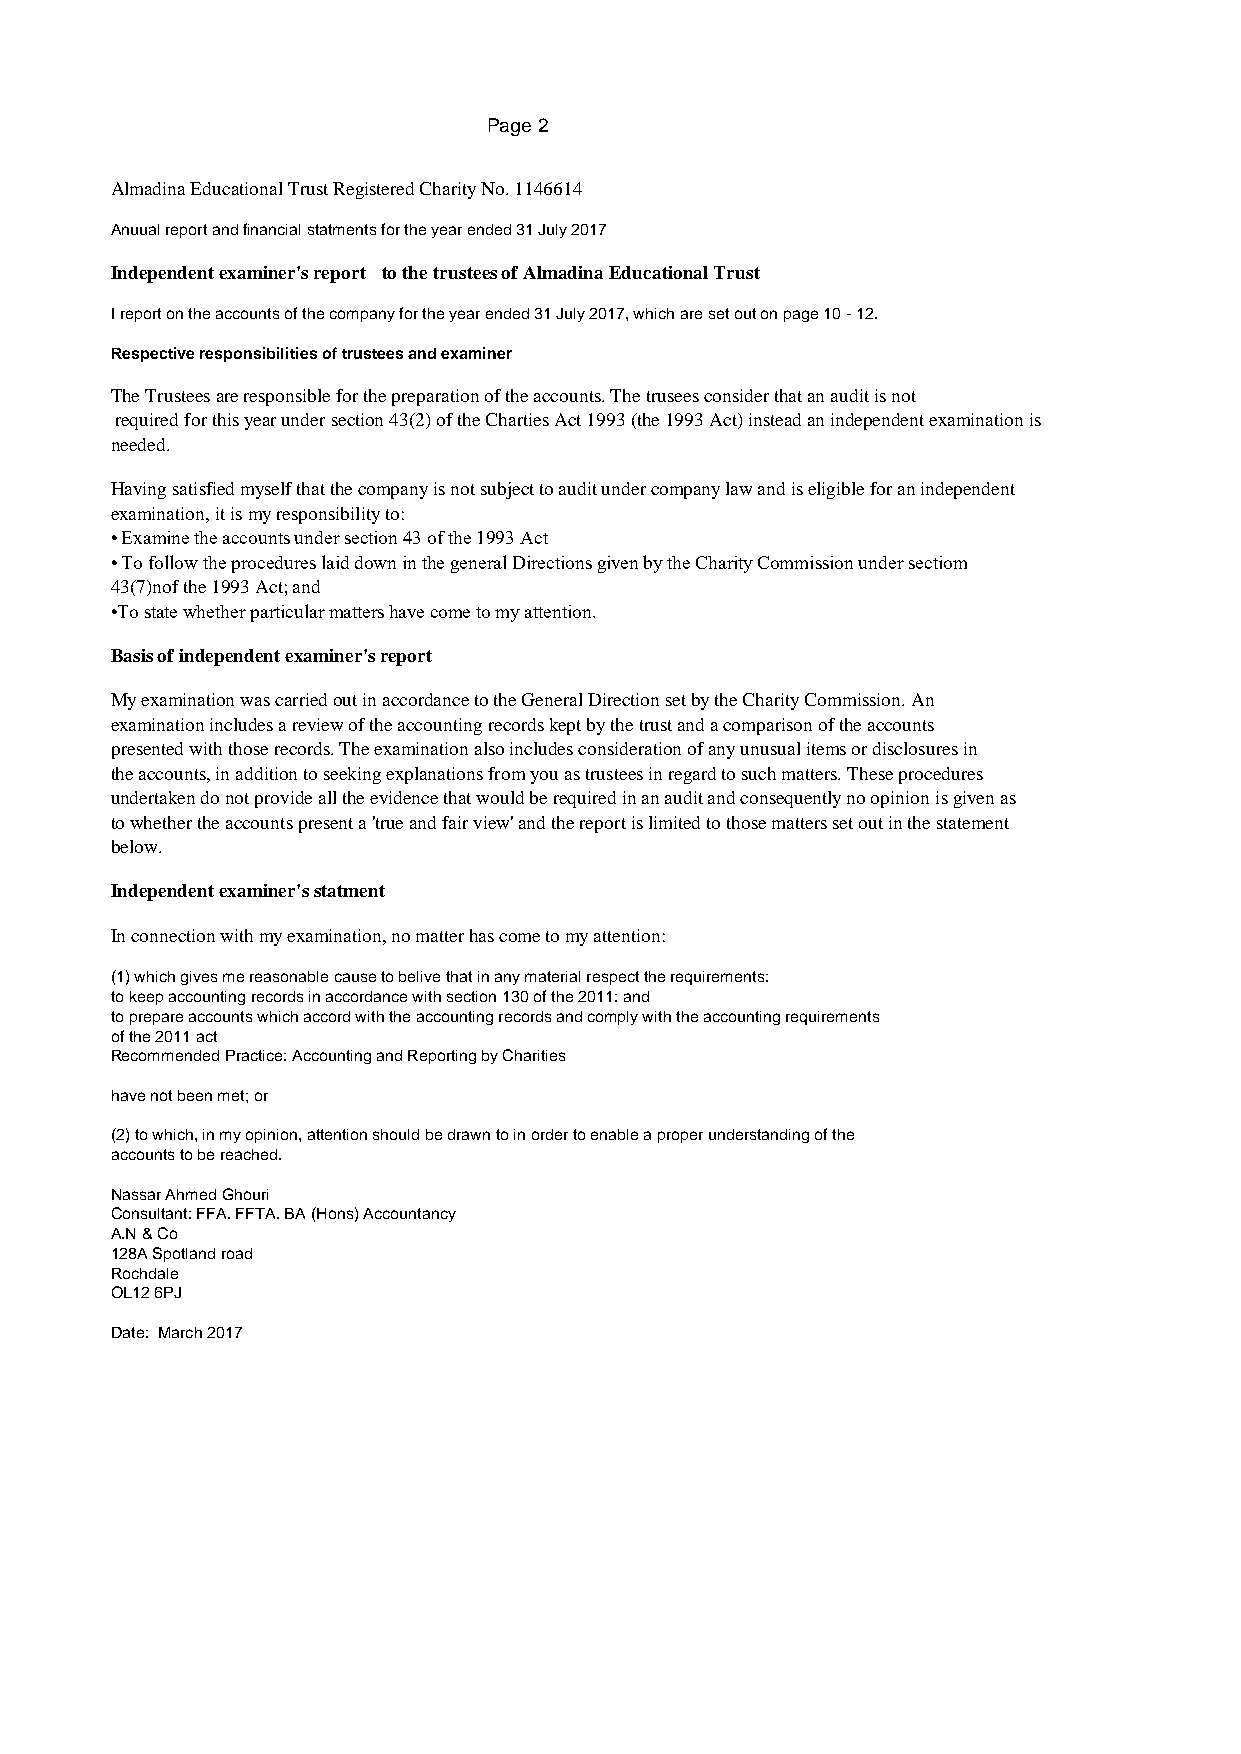
Page 2
 Almadina Educational Trust Registered Charity No. 1146614
 Anuual report and financial statments for the year ended 31 July 2017
 Independent examiner's report to the trustees of Almadina Educational Trust
 I report on the accounts of the company for the year ended 31 July 2017, which are set out on page 10 - 12.
 Respective responsibilities of trustees and examiner
 The Trustees are responsible for the preparation of the accounts. The trusees consider that an audit is not
 required for this year under section 43(2) of the Charties Act 1993 (the 1993 Act) instead an independent examination is
 needed.
 Having satisfied myself that the company is not subject to audit under company law and is eligible for an independent
 examination, it is my responsibility to:
 • Examine the accounts under section 43 of the 1993 Act
 • To follow the procedures laid down in the general Directions given by the Charity Commission under sectiom
 43(7)nof the 1993 Act; and
 •To state whether particular matters have come to my attention.
 Basis of independent examiner's report
 My examination was carried out in accordance to the General Direction set by the Charity Commission. An
 examination includes a review of the accounting records kept by the trust and a comparison of the accounts
 presented with those records. The examination also includes consideration of any unusual items or disclosures in
 the accounts, in addition to seeking explanations from you as trustees in regard to such matters. These procedures
 undertaken do not provide all the evidence that would be required in an audit and consequently no opinion is given as
 to whether the accounts present a 'true and fair view' and the report is limited to those matters set out in the statement
 below.
 Independent examiner's statment
 In connection with my examination, no matter has come to my attention:
 (1) which gives me reasonable cause to belive that in any material respect the requirements:
 to keep accounting records in accordance with section 130 of the 2011: and
 to prepare accounts which accord with the accounting records and comply with the accounting requirements
 of the 2011 act
 Recommended Practice: Accounting and Reporting by Charities
 have not been met; or
 (2) to which, in my opinion, attention should be drawn to in order to enable a proper understanding of the
 accounts to be reached.
 Nassar Ahmed Ghouri
 Consultant: FFA. FFTA. BA (Hons) Accountancy
 A.N & Co
 128A Spotland road
 Rochdale
 OL12 6PJ
 Date: March 2017